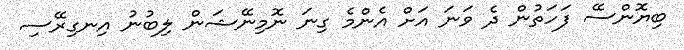
ބިޔޮންސޭ ފަހަތުން ދެ ވަނަ އަށް އެންމެ ގިނަ ނޮމިނޭޝަން ލިބުނު އިނގިރޭސި